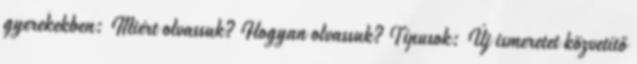
gyerekekben: Miért olvassuk? Hogyan olvassuk? Típusok: Új ismeretet közvetítő